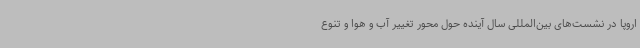
اروپا در نشست‌های بین‌المللی سال آینده حول محور تغییر آب و هوا و تنوع